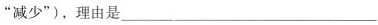
”减少”)，理由是___